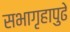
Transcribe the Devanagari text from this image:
सभागृहापुढे